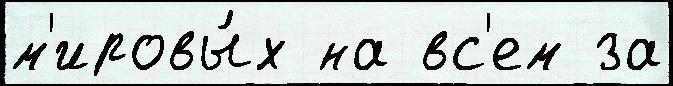
м'ировы́х на вс'ем за